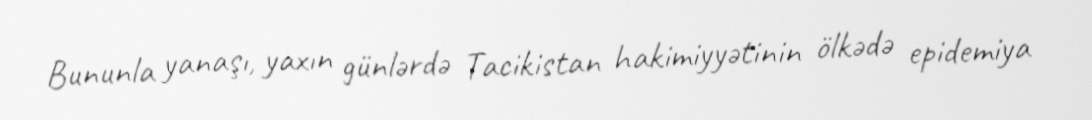
Bununla yanaşı, yaxın günlərdə Tacikistan hakimiyyətinin ölkədə epidemiya